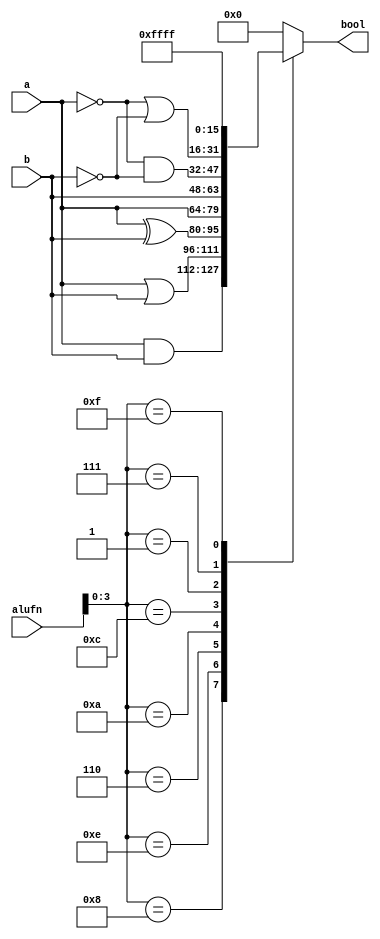
module boolean_17 (
    input [15:0] a,
    input [15:0] b,
    input [5:0] alufn,
    output reg [15:0] bool
  );
  
  
  
  always @* begin
    
    case (alufn[0+3-:4])
      4'h8: begin
        bool = a & b;
      end
      4'he: begin
        bool = a | b;
      end
      4'h6: begin
        bool = a ^ b;
      end
      4'ha: begin
        bool = a;
      end
      4'hc: begin
        bool = b;
      end
      4'h1: begin
        bool = ~a & ~b;
      end
      4'h7: begin
        bool = ~a | ~b;
      end
      4'hf: begin
        bool = 16'hffff;
      end
      default: begin
        bool = 1'h0;
      end
    endcase
  end
endmodule